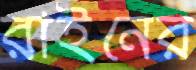
রাইনের